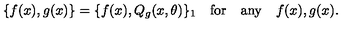
\{ f ( x ) , g ( x ) \} = \{ f ( x ) , Q _ { g } ( x , \theta ) \} _ { 1 } \quad \mathrm { f o r } \quad \mathrm { a n y } \quad f ( x ) , g ( x ) .